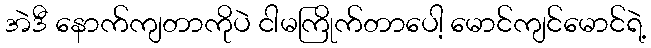
အဲဒီ နောက်ကျတာကိုပဲ ငါမကြိုက်တာပေါ့ မောင်ကျင်မောင်ရဲ့